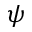
\psi